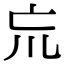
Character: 巟